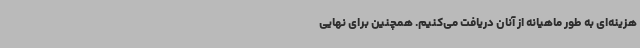
هزینه‌ای به طور ماهیانه از آنان دریافت می‌کنیم. همچنین برای نهایی